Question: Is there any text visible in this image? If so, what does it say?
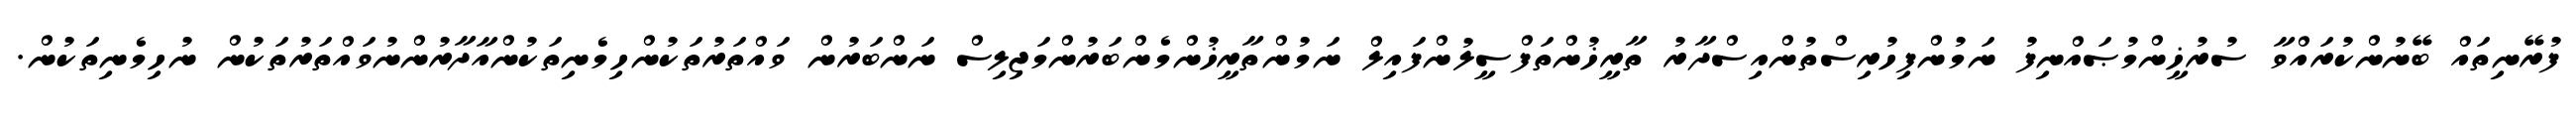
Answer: ފުރޭނިތައް ބޭނުންކުރައްވާ ސުރުޚީންމުޞައްނިފު ނަމުންފިހުރިސްތުންއިސްދާރު ތާރީޚުންތަފްސީލުންފައިލް ނަމުންތާރީޚުންމެންބަރުންމަޖިލިސް ނަންބަރުން ވައްތަރުތަކުންހިމެނިތަކުންއާދާރުންނުވައްތަރުތަކުން ނުހިމެނިތަކުން.